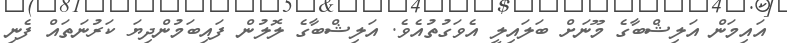
އައިމަން އަލިޝްބާގެ މޫނަށް ބަލައިލީ އެވަގުތުއެވެ. އަލިޝްބާގެ ލޮލުން ފައިބަމުންދިޔަ ކަރުނަތައް ފެނި